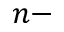
n -